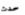
حدث